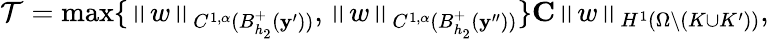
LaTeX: \mathcal T=\operatorname*{max}\{ {\left\| w\right\| _{{C^{1,\alpha}}({B_{h_{2}}^{+}}(\mathbf{y^{\prime}}))}},{\left\| w\right\| _{{C^{1,\alpha}}({B_{h_{2}}^{+}}(\mathbf{y^{\prime\prime}}))}}\} \le C{\left\| w\right\| _{{H^{1}}(\Omega\backslash(K\cup K^{\prime}))}},